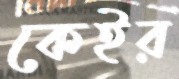
কেইর